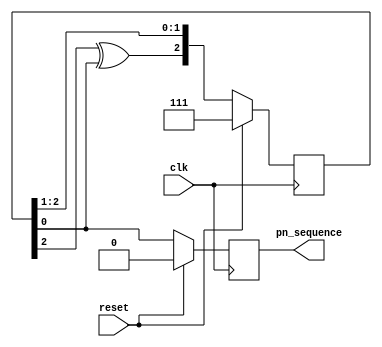
module pn_seq_fsm(
  input clk,
  input reset,
  output reg pn_sequence
);
  
  parameter idle=1'b0,state=1'b1;
  reg [2:0] lfsr;
  reg present_state,next_state;
  
  
  always@(posedge clk)
    begin
      if(reset)
        present_state<=idle;
      else
        present_state<=next_state;
    end
  
  always@(*)
    begin
      case(present_state)
        idle:next_state=state;
        state:next_state=state;
        default:next_state=idle;
      endcase
    end
  
  always@(posedge clk)
    begin
      if(reset)begin
        lfsr<=3'b111;
        pn_sequence<=0;
      end
      else
       begin
          case(next_state)
            idle:begin
              lfsr<=3'b111;
              pn_sequence<=lfsr[0];
            end
            state:begin
              lfsr<={lfsr[2]^lfsr[0],lfsr[2:1]};
              pn_sequence<=lfsr[0];
            end
            default:begin
              lfsr<=3'b111;
              pn_sequence<=lfsr[0];
            end
          endcase
        end
    end
            
            
endmodule